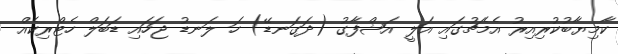
ކާމިޔާބުކުރިއިރު އެމެޗުގައި އަލީ އަޝްފާގު (ދަގަނޑޭ) ހަ ލަނޑު ޖަހައި ޑަބަލް ހެޓްރިކެއް